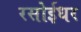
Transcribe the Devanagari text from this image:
रसोईधर